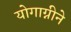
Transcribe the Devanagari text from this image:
योगाग्नीने